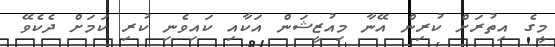
މީގެ އިތުރަށް ކުރިން އޭނާ މިއުޒީޝަން އަކާއި ކައިވެނި ކުރި ކަމަށް ދެކެވޭ